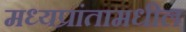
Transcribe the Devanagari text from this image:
मध्यप्रांतामधील